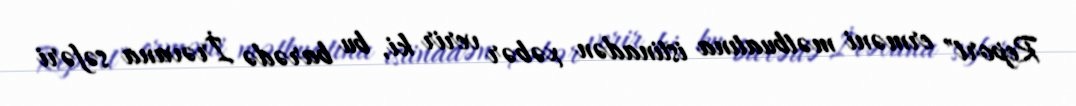
Report" erməni mətbuatına istinadən xəbər verir ki, bu barədə İrəvana səfəri